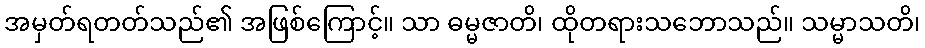
အမှတ်ရတတ်သည်၏ အဖြစ်ကြောင့်။ သာ ဓမ္မဇာတိ၊ ထိုတရားသဘောသည်။ သမ္မာသတိ၊